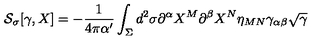
{ \cal S } _ { \sigma } [ \gamma , X ] = - \frac { 1 } { 4 \pi \alpha ^ { \prime } } \int _ { \Sigma } d ^ { 2 } \sigma \partial ^ { \alpha } X ^ { M } \partial ^ { \beta } X ^ { N } \eta _ { M N } \gamma _ { \alpha \beta } \sqrt { \gamma }